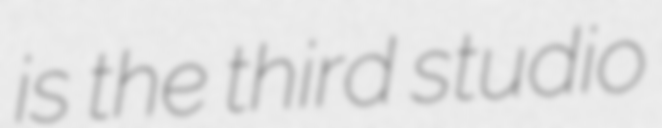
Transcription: is the third studio